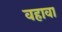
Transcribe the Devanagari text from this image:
वहावा